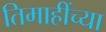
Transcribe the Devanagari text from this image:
तिमाहींच्या